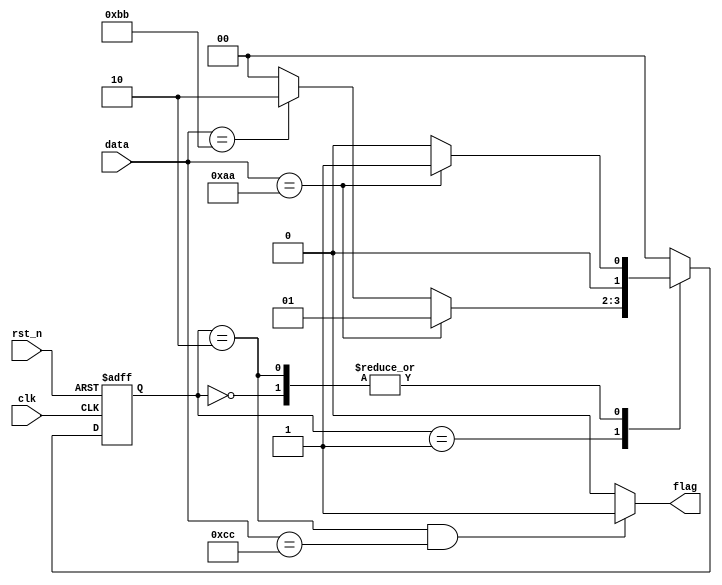
/*

  AA BB CC1.
*/

// 
module FSM_Mealy(           //  FSM_Moore fsm(
    input wire clk,         //      .clk  (   ),
    input wire rst_n,       //      .rst_n(   ),
    input wire [7:0] data,  //      .data (   ),
    output reg flag         //      .flag (   )
);                          //  );


// ===== Mealy===== //
reg [1:0] c_state,n_state;

localparam 
    idle  =  'b00,
    aa    =  'b01,
    bb    =  'b10;

//  
always @(posedge clk or negedge rst_n) begin
    if(~rst_n) c_state <=  idle;
    else c_state <= n_state;
end

//  
always @(*) begin
    case(c_state)
        idle: begin
            if(data == 'haa) n_state = aa;
            else n_state = idle;
        end
        aa  : begin
            if(data == 'haa) n_state = aa;
            else if(data =='hbb) n_state = bb;
            else n_state = idle;
        end
        bb  : begin
            if(data == 'haa) n_state = aa;
            else if(data == 'hcc) n_state = idle;
            else n_state = idle;
        end
        default: n_state  =  idle;
    endcase
end

//  
always @(*) begin
    if (c_state == bb && data == 'hcc ) flag = 1'b1;
    else flag = 1'b0;
end
endmodule